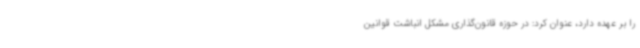
را بر عهده دارد، عنوان کرد: در حوزه قانون‌گذاری مشکل انباشت قوانین